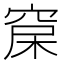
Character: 𥦃